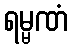
ရမ္မဏံ